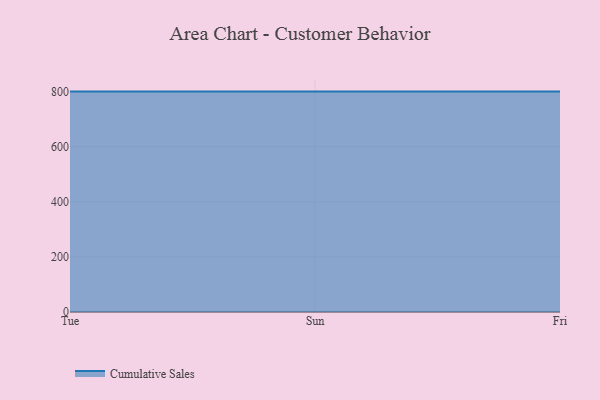
{"axis": {"x": "Day", "y": "Page Views"}, "legend": ["Cumulative Sales"], "data": [{"x": "Tue", "y": 800, "type": "Cumulative Sales"}, {"x": "Sun", "y": 800, "type": "Cumulative Sales"}, {"x": "Fri", "y": 800, "type": "Cumulative Sales"}]}